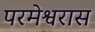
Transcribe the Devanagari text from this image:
परमेश्वरास